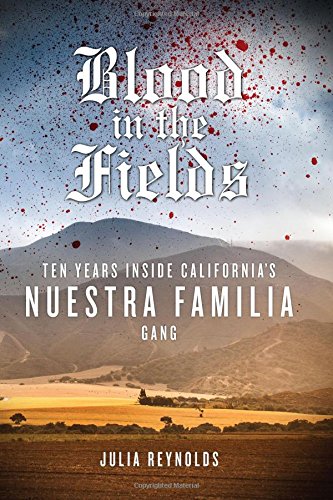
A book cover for Blood in the Fields: Ten Years Inside California's Nuestra Familia Gang; Julia Reynolds; Biographies & Memoirs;